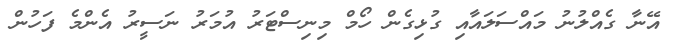
އޭނާ ގެއްލުނު މައްސަލައާއި ގުޅިގެން ހޯމް މިނިސްޓަރު އުމަރު ނަސީރު އެންމެ ފަހުން